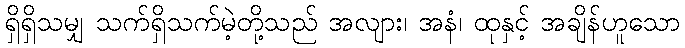
ရှိရှိသမျှ သက်ရှိသက်မဲ့တို့သည် အလျား၊ အနံ၊ ထုနှင့် အချိန်ဟူသော